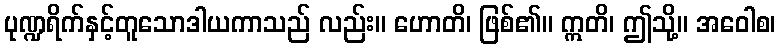
ပုဏ္ဍရိက်နှင့်တူသောဒါယကာသည် လည်း။ ဟောတိ၊ ဖြစ်၏။ ဣတိ၊ ဤသို့။ အဝေါစ၊